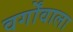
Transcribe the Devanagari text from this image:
वर्गोंवाला